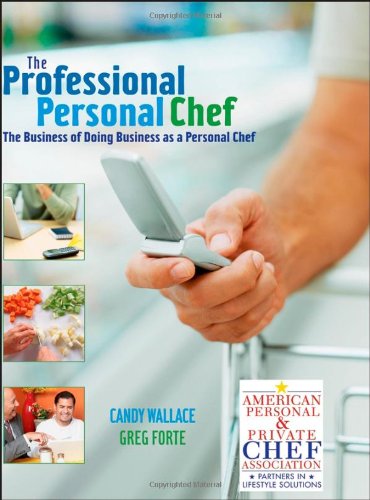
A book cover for The Professional Personal Chef: The Business of Doing Business as a Personal Chef (Book only); Candy Wallace; Cookbooks, Food & Wine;